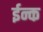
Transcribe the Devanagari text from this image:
ईन्क